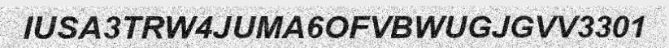
IUSA3TRW4JUMA6OFVBWUGJGVV3301